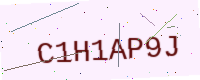
Text: C1H1AP9J